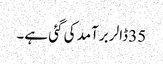
35 ڈالر برآمد کی گئی ہے۔